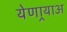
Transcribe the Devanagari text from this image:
येणार्‍याअ